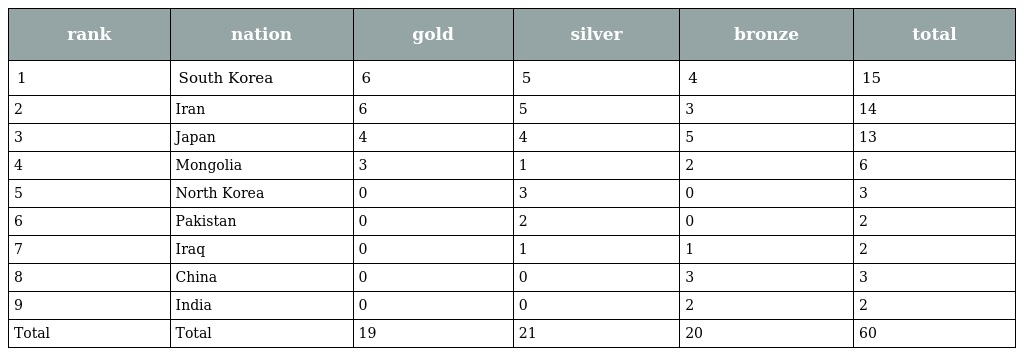
| rank | nation | gold | silver | bronze | total |
 | --- | --- | --- | --- | --- | --- |
 | 1 | South Korea | 6 | 5 | 4 | 15 |
 | 2 | Iran | 6 | 5 | 3 | 14 |
 | 3 | Japan | 4 | 4 | 5 | 13 |
 | 4 | Mongolia | 3 | 1 | 2 | 6 |
 | 5 | North Korea | 0 | 3 | 0 | 3 |
 | 6 | Pakistan | 0 | 2 | 0 | 2 |
 | 7 | Iraq | 0 | 1 | 1 | 2 |
 | 8 | China | 0 | 0 | 3 | 3 |
 | 9 | India | 0 | 0 | 2 | 2 |
 | Total | Total | 19 | 21 | 20 | 60 |